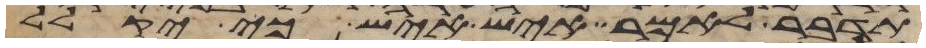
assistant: תדבר לאמר איש איש כי יקלל